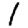
Digit: 1